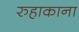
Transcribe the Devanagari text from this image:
रुहाकाना